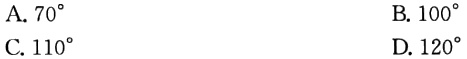
A. \(70^{\circ}\)
B. \(100^{\circ}\)
C. \(110^{\circ}\)
D. \(120^{\circ}\)